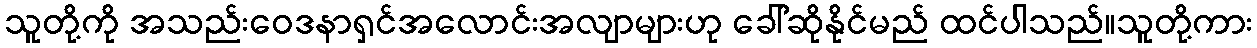
သူတို့ကို အသည်းဝေဒနာရှင်အလောင်းအလျာများဟု ခေါ်ဆိုနိုင်မည် ထင်ပါသည်။သူတို့ကား